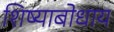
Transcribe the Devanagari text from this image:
शिष्याबोधाय